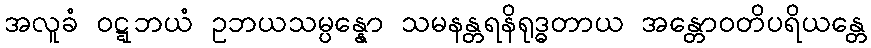
အလူခံ ဝဋ္ဋဘယံ ဥဘယသမ္ပန္နော သမနန္တရနိရုဒ္ဓတာယ အန္တောဝတိပရိယန္တေ